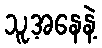
သူ့အနေနဲ့